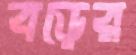
বড়ের